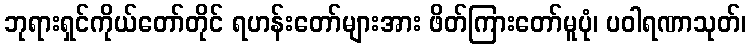
ဘုရားရှင်ကိုယ်တော်တိုင် ရဟန်းတော်များအား ဖိတ်ကြားတော်မူပုံ၊ ပဝါရဏာသုတ်၊